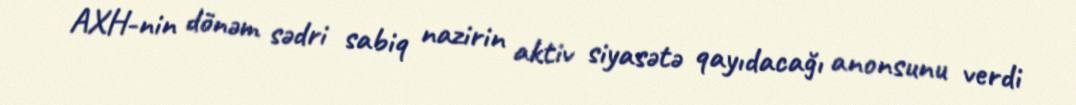
AXH-nin dönəm sədri sabiq nazirin aktiv siyasətə qayıdacağı anonsunu verdi